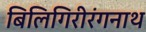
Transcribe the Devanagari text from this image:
बिलिगिरीरंगनाथ